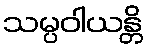
သမ္ပဝါယန္တိ